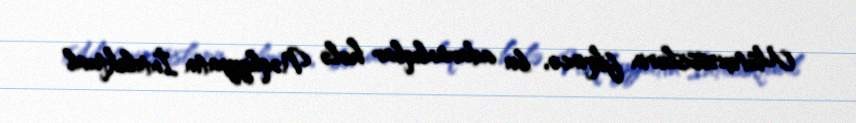
Mütəxəssislərin fikrincə, bu adavanlıqlar hələ Nəqliyyatın İntelektual